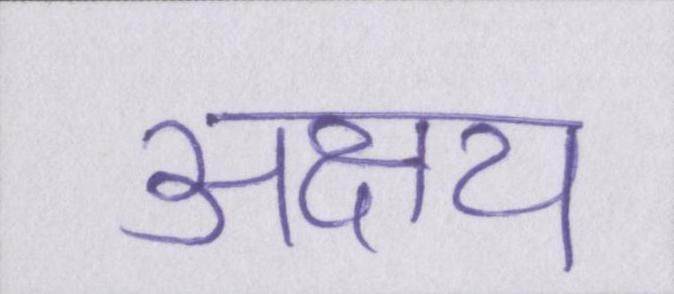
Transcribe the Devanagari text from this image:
अक्षय